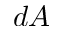
d A